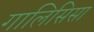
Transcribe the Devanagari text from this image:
गालिसिसा